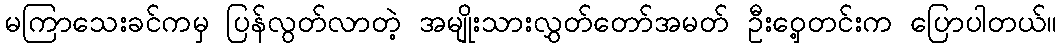
မကြာသေးခင်ကမှ ပြန်လွတ်လာတဲ့ အမျိုးသားလွှတ်တော်အမတ် ဦးဝှေ့တင်းက ပြောပါတယ်။